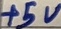
Text: +5V